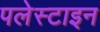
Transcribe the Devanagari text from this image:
पलेस्टाइन